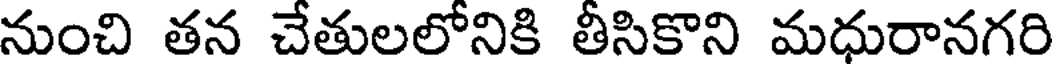
నుంచి తన చేతులలోనికి తీసికొని మధురానగరి